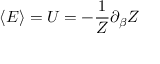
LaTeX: \langle E \rangle = U = - { \frac { 1 } { Z } } \partial _ { \beta } Z